Leprosy in India: report of the Leprosy Commission in India, 1890-91
Year: 1890
Disease focus: Leprosy
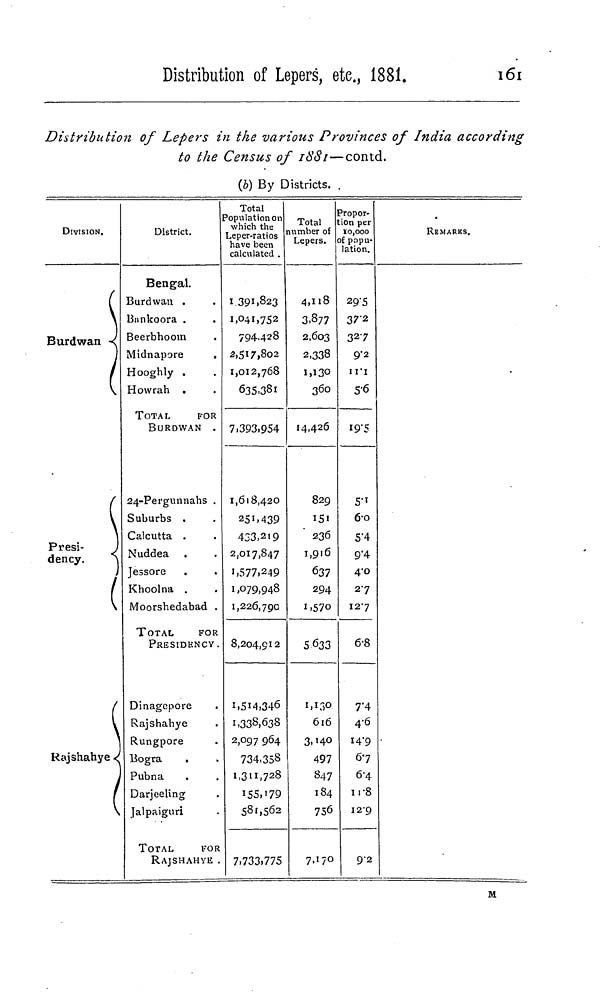
Distribution of Lepers, etc., 1881.
161
Distribution of Lepers in the various Provinces of India according
to the Census of 1881—contd.
(b) By Districts. .
DIVISION.
Burdwan
(
\
P
•
)
Presi-
J
dency.
*S
)
(
(
\
}
Rajshahye -¿
¡
1 \
District.
Bengal.
Burdwan .
Biinkoora .
Beerbhoom
Midnapore
Hooghly .
Howrah .
TOTAL
FOR
BURDWAN .
24-Pergunnahs .
Suburbs .
Calcutta .
Nuddea .
Jessore
Khoolna .
Moorshedabad .
TOTAL
FOR
PRESIDENCY .
Dinagepore
Rajshahye
Rungpore
Bogra
Pubna
Darjceling
Jalpaiguri
TOTAL
FOR
RAJSHAHYE .
Total
Population on
which the
Leper-ratios
have been
calculated .
1 39i>823
1,041,752
794428
2,517,802
1,012,768
635,381
7.393.954
1,618,420
25I.439
433.219
2,017,847
1,577.249
1,079,948
1,226,790
8,204,912
i,5i4,346
1-338,638
2,097 964
734,358
1,311,728
155,179
581,562
7,733,775
Total
number of
Lepers.
4,118
3,877
2,603
2,338
I,13O
360
14,426
829
151
236
1,916
637
294
I.570
5 633
1,130
616
3,HO
497
847
184
756
7.17°'
ropor-
ion per
10,000
of popu-
lation.
29"5
37" 2
327
9-2
1 VI
5-6
19-5
5 1 *
60
5"4
9"4
4-0
27
127
6-8
7*4
4-6
14-9
67
6-4
11-8
12-9
9-2
REMARKS.
M